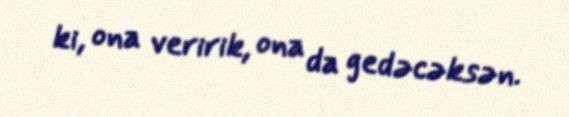
ki, ona veririk, ona da gedəcəksən.